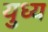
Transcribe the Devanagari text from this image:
युध्य